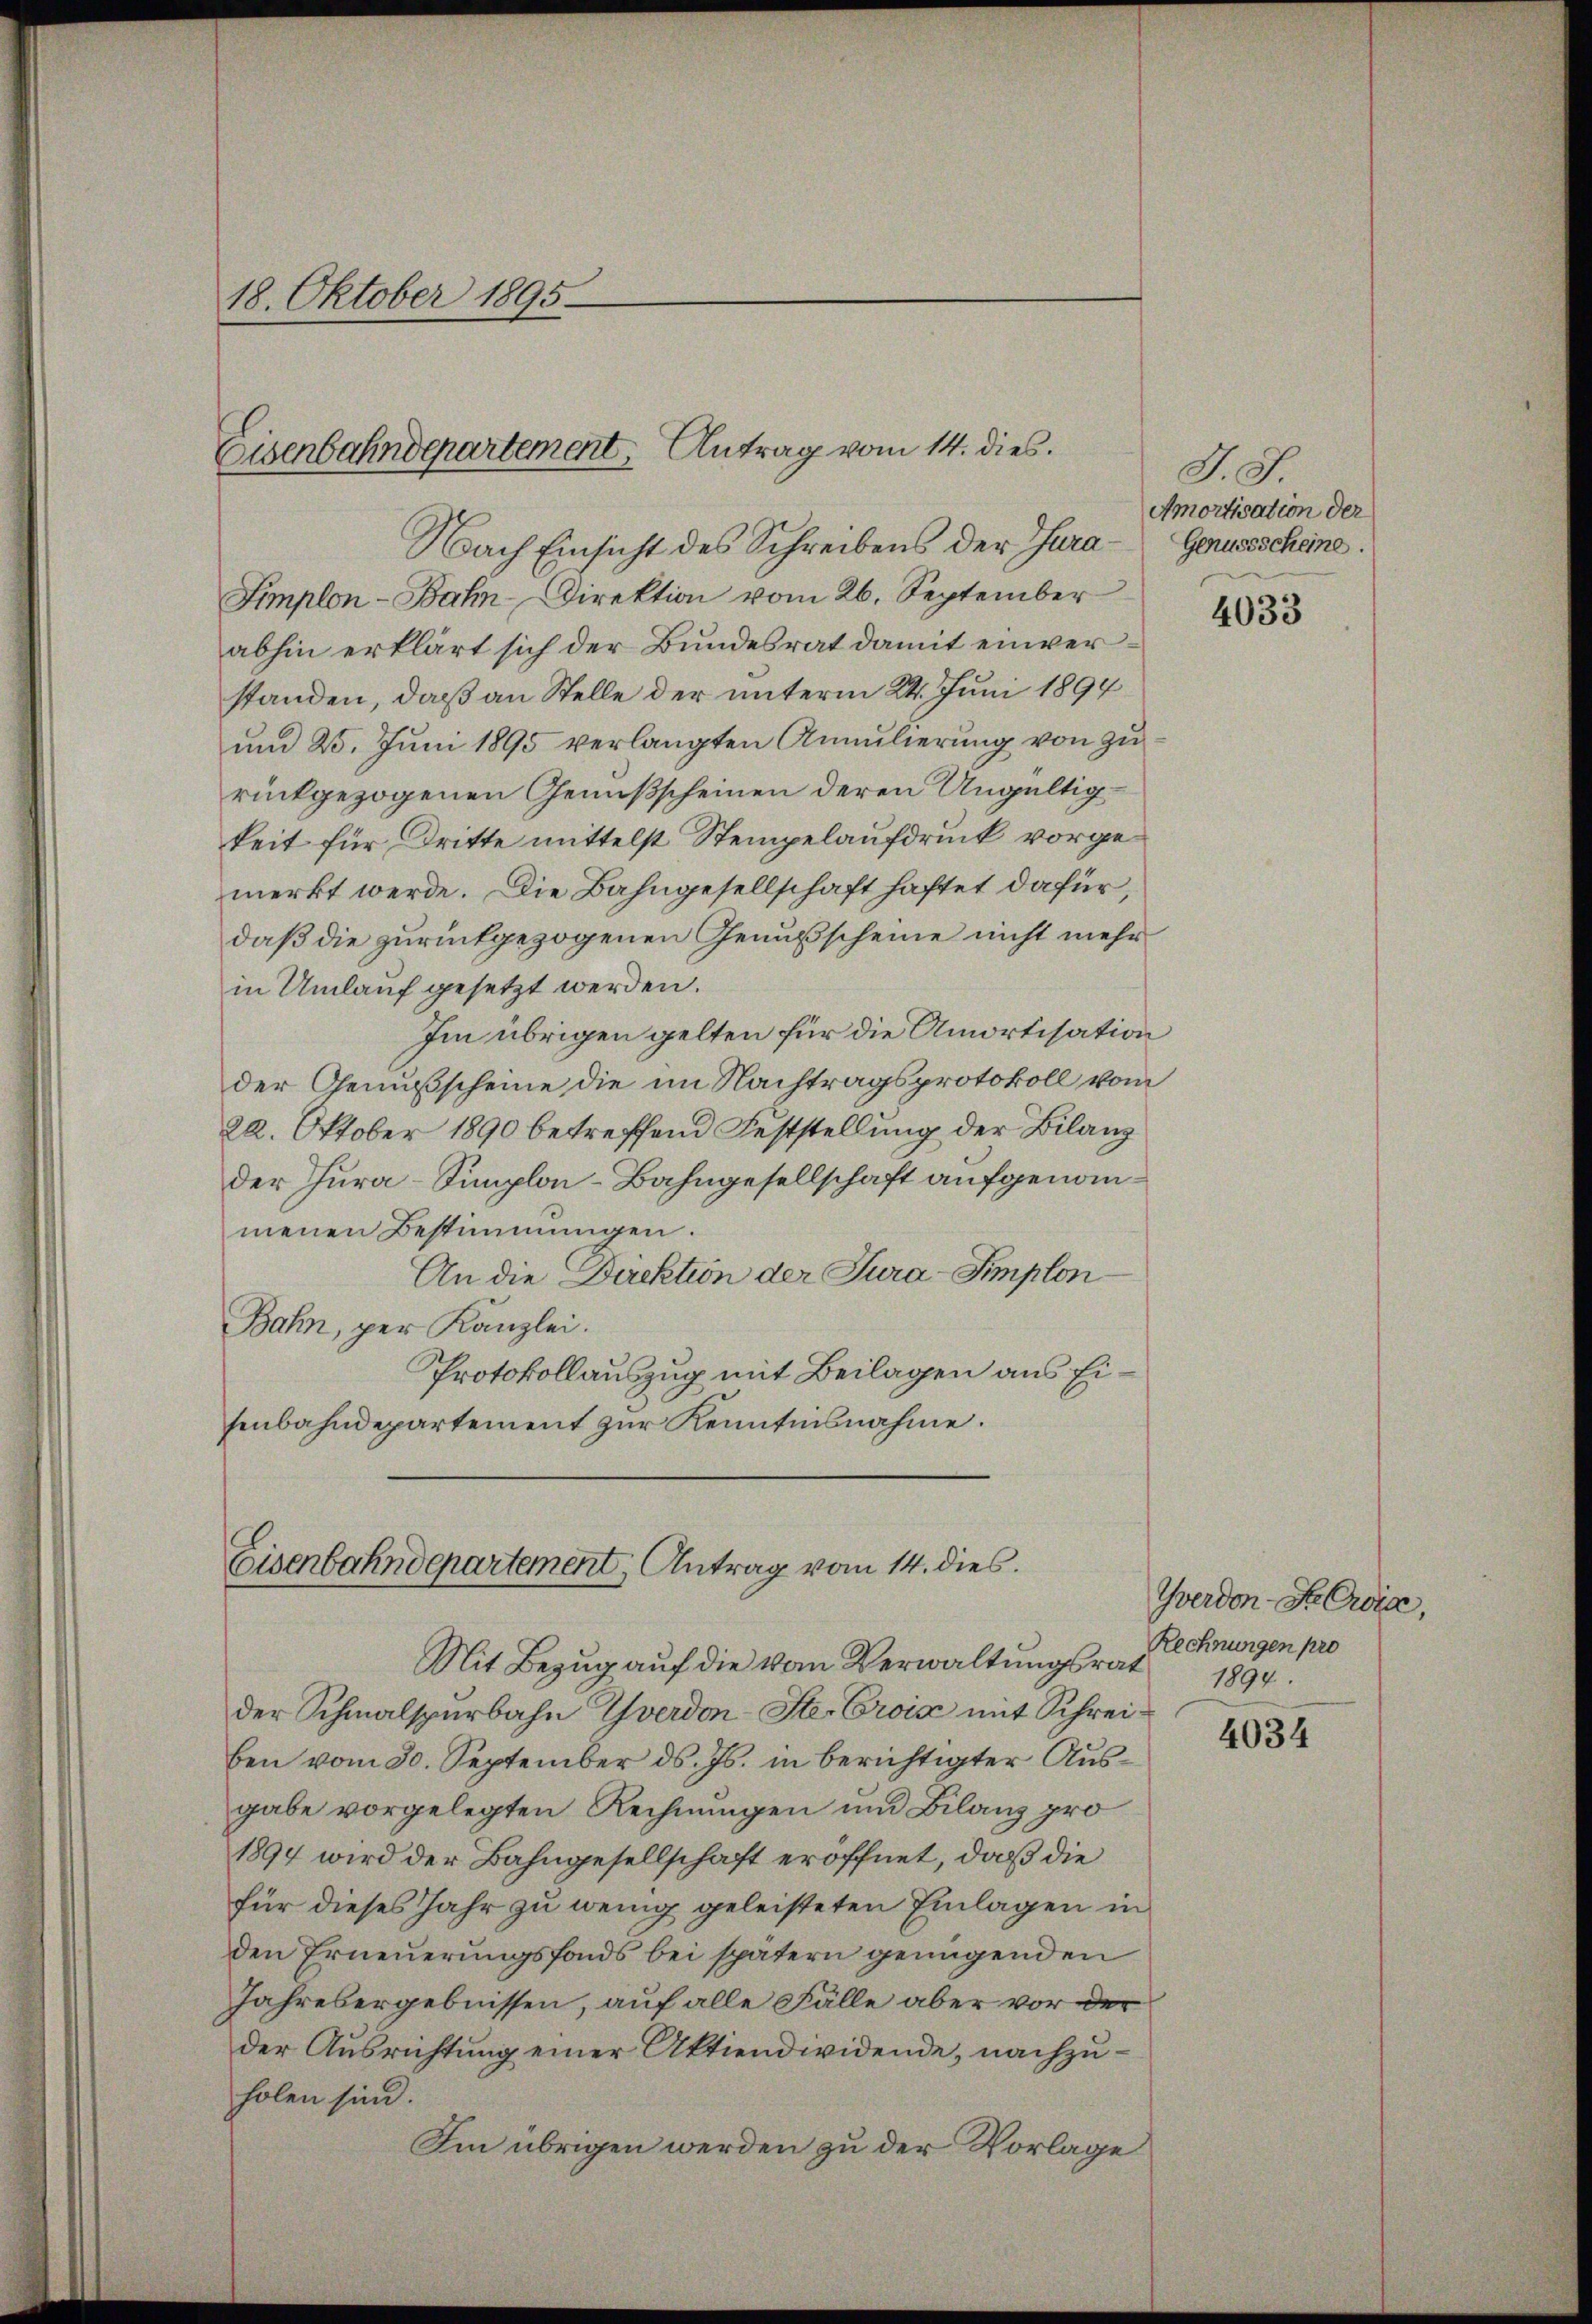
18. Oktober 1895

Eisenbahndepartement Antrag vom 14. dies

Nach Einsicht des Schreibens der Tura¬
Simplon - Bahn-Direktion vom 26. September
abhin erklärt sich der Bundesrat damit einverstanden, daß an Stelle der unterm 24. Juni 1894
und 25. Juni 1895 verlangten Annulierung von zurückgezogenen Genißscheinen deren Ungültig
keit für Dritte mittelst Stempelaufdruck vorgemerkt werde. Die Bahngesellschaft haftet dafür,
daß die zurückgezogenen Genußscheine nicht mehr
in Umlauf gesetzt werden.
Im übrigen gelten für die Amortisation
der Genußscheine die im Nachtragsprotokoll vom
22. Oktober 1890 betreffend Feststellung der Bilanz
der Jura-Simplon-Bahngesellschaft aufgenommenen Bestimmungen.
An die Direktion der Jura-Simplon¬
Bahn, per Kanzlei.
Protokollauszug mit Beilagen aus Eisenbahndepartement zur Kenntnisnahme.

Eisenbahndepartement, Antrag vom 14. dies
Mit Bezug auf die vom Verwaltungsrat

der Schmalspurbahn Yverdon-Ste. Crois mit Schreiben vom 30. September ds. Js. in berichtigter Aŭs-
gabe vorgelegten Rechnungen und Bilanz pro
1894 wird der Bahngesellschaft eröffnet, daß die
für dieses Jahr zu wenig geleisteten Einlagen in
den Erneuerungsfonds bei spätern genügenden
Jahresergebnissen, auf alle Fälle aber vor der
der Ausrichtung einer Aktiendividende, nachzuholen sind.
Im übrigen werden zu der Vorlage

A. S.
Amortisation der
Genussscheine.

4033

Yverdon-Seria,
Rechnungen pro
1894.

4034